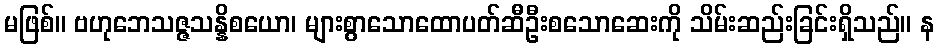
မဖြစ်။ ဗဟုဘေသဇ္ဇသန္နိစယော၊ များစွာသောထောပတ်ဆီဦးစသောဆေးကို သိမ်းဆည်းခြင်းရှိသည်။ န